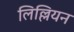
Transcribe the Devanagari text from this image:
लिल्लियन